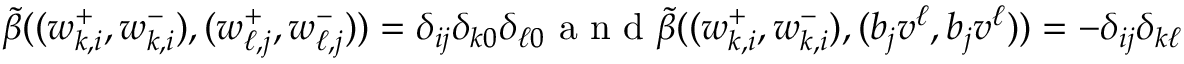
\begin{array} { r } { \widetilde { \beta } ( ( w _ { k , i } ^ { + } , w _ { k , i } ^ { - } ) , ( w _ { \ell , j } ^ { + } , w _ { \ell , j } ^ { - } ) ) = \delta _ { i j } \delta _ { k 0 } \delta _ { \ell 0 } \textnormal { a n d } \widetilde { \beta } ( ( w _ { k , i } ^ { + } , w _ { k , i } ^ { - } ) , ( b _ { j } v ^ { \ell } , b _ { j } v ^ { \ell } ) ) = - \delta _ { i j } \delta _ { k \ell } } \end{array}